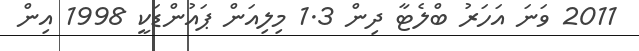
2011 ވަނަ އަހަރު ބްލެޓާ ދިން 1.3 މިލިއަން ޕައުންޑަކީ 1998 އިން